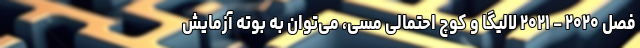
فصل ۲۰۲۰ – ۲۰۲۱ لالیگا و کوچ احتمالی مسی، می‌توان به بوته آزمایش